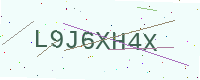
Text: L9J6XH4X